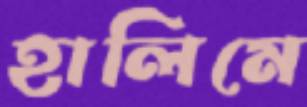
হালিমে